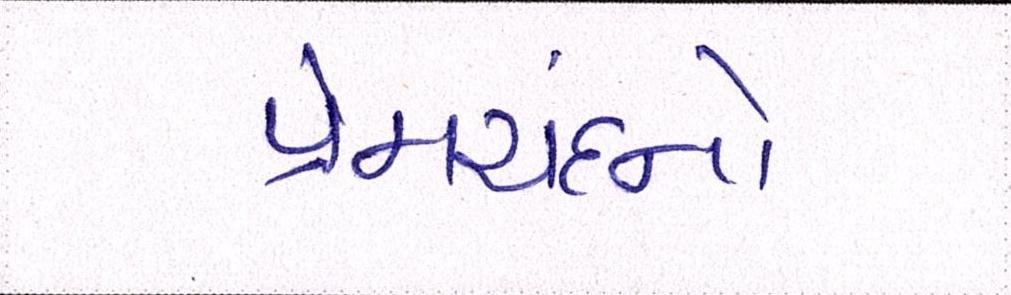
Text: પ્રેમચંદનો